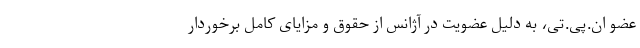
عضو ان.پی.تی، به دلیل عضویت در آژانس از حقوق و مزایای کامل برخوردار